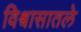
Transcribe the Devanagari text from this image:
विश्वासातले